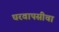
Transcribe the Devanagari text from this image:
घरवापसीचा